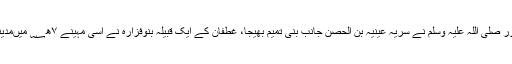
۷ھ؁ کے اسی مہینے میں غزوہ ذات الرقاع ہوا، حضور صلی اللہ علیہ وسلم نے سریہ عینیہ بن الحصنؓ جانب بنی تمیم بھیجا، غطفان کے ایک قبیلہ بنوفزارہ نے اسی مہینے ۷ھ؁ میںمدینہ کی چراگاہ پرحملہ کیا اور ایک مسلمان کو قتل کردیا۔